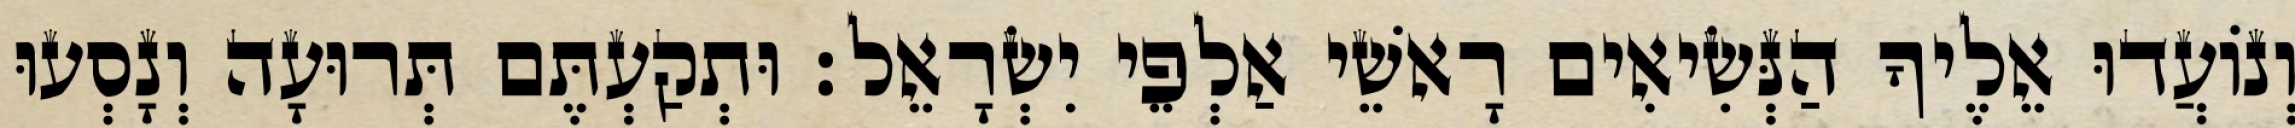
וְנוֹעֲדוּ אֵלֶיךָ הַנְּשִׂיאִים רָאשֵׁי אַלְפֵי יִשְׂרָאֵל׃ וּתְקַעְתֶּם תְּרוּעָה וְנָסְעוּ